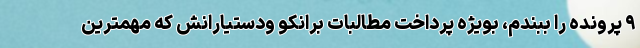
۹ پرونده را ببندم، بويژه پرداخت مطالبات برانكو ودستيارانش كه مهمترين